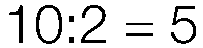
10:2 = 5